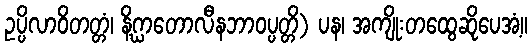
ဥပ္ပိလာဝိတတ္တံ၊ နိဂ္ဃာတောလီနဘာဝပ္ပတ္တိ) ပန၊ အကျိုးတထွေဆိုပေအံ့။